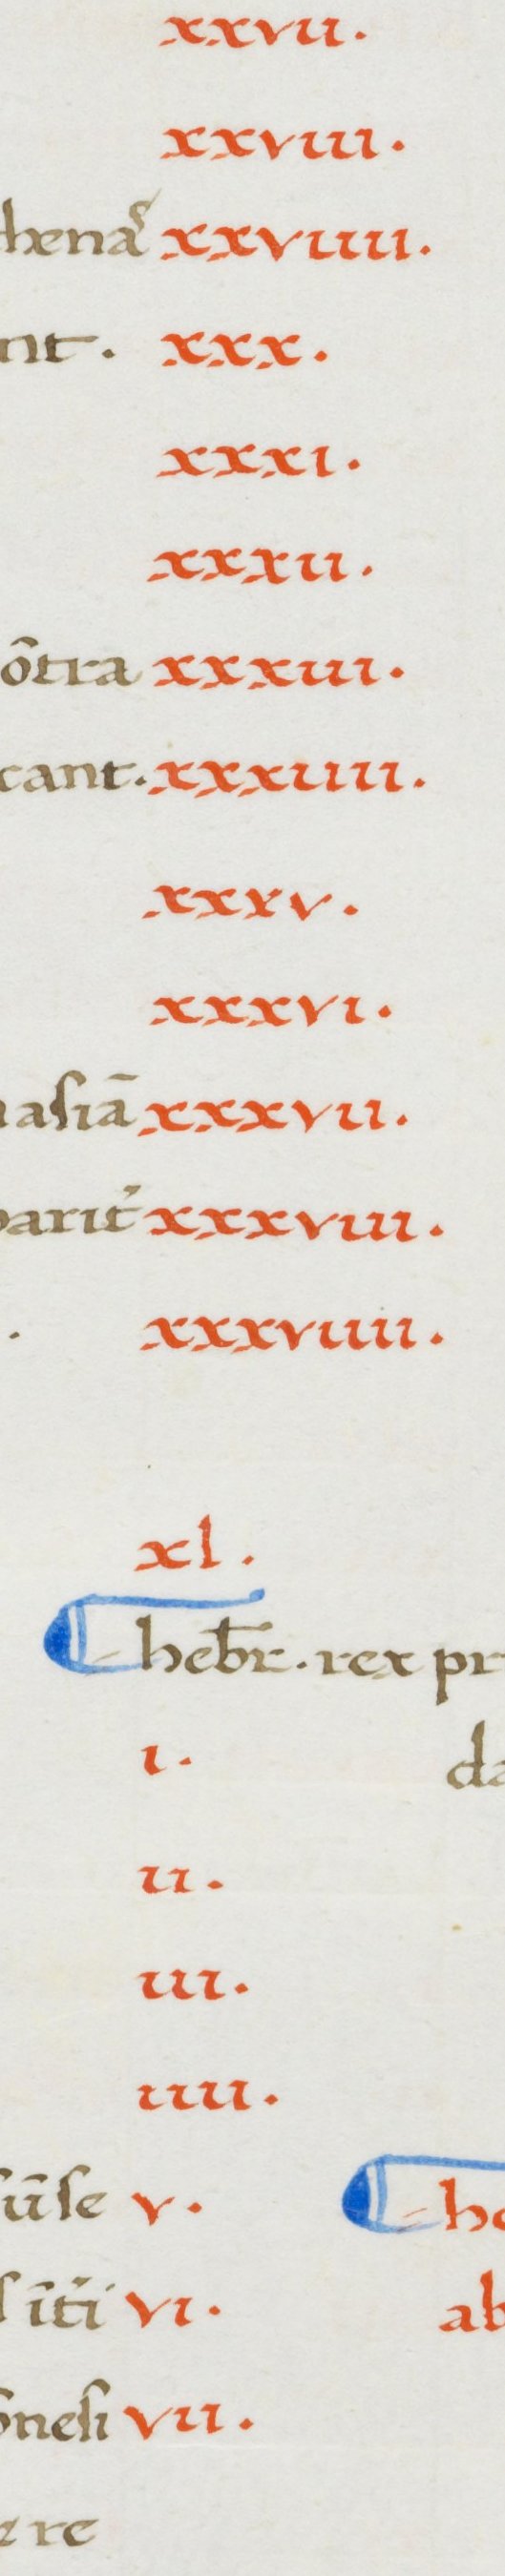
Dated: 1380–1420